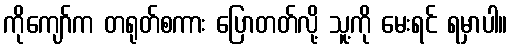
ကိုကျော်က တရုတ်စကား ပြောတတ်လို့ သူ့ကို မေးရင် ရမှာပါ။